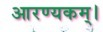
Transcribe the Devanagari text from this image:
आरण्यकम्।